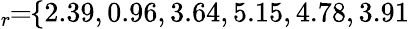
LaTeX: \! \! \! \overline{{\epsilon}}_{r}\! \! =\! \! \{ 2.39,0.96,3.64,5.15,4.78,3.91\} \! \! \!